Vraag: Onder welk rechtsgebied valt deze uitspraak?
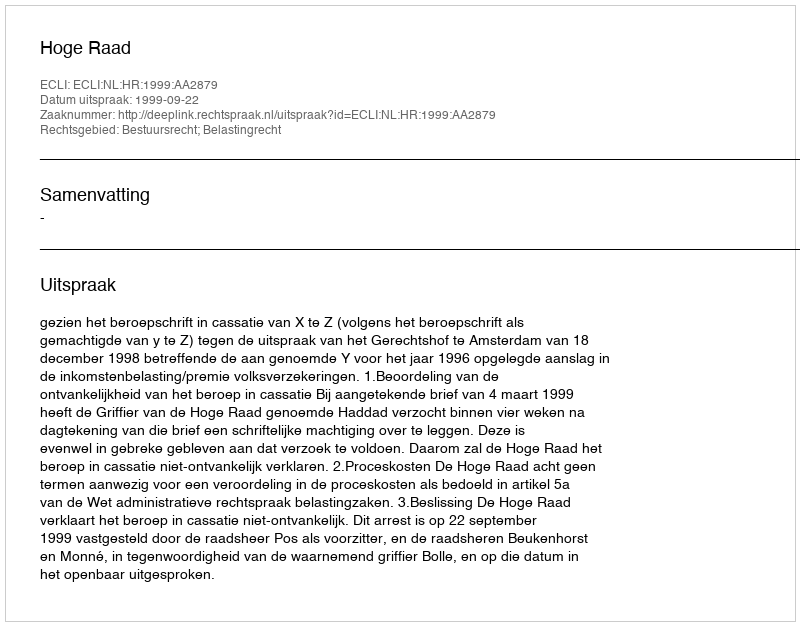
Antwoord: Bestuursrecht; Belastingrecht